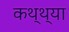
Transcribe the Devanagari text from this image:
कथ्थ्या